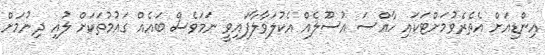
އިންޑިއަށް އެތެރެވުމަށްޓަކައި ހާއްސަ އުސޫލެއް އެކުލަވާލާފައިވީ ނަމަވެސް ބައެއް ގައުމުތަކަށް ލުއި ދިނުމަށް